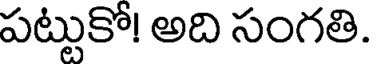
పట్టుకో! అది సంగతి.